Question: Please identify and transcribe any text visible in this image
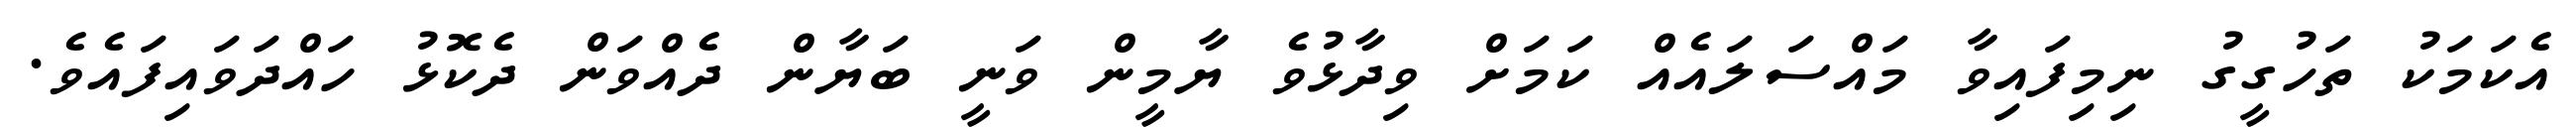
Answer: އެކަމަކު ތަހުގީގު ނިމިފައިވާ މައްސަލައެއް ކަމަށް ވިދާޅުވެ ޔާމީން ވަނީ ބަޔާން ދެއްވަން ދެކޮޅު ހައްދަވައިފައެވެ.